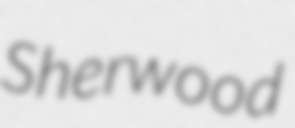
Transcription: Sherwood